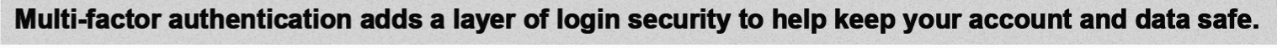
Multi-factor authentication adds a layer of login security to help keep your account and data safe.